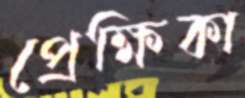
প্রেক্ষিকা